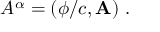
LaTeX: A ^ { \alpha } = \left( \phi / c , \mathbf { A } \right) \, .